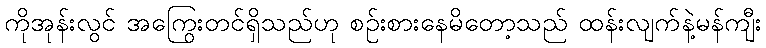
ကိုအုန်းလွင် အကြွေးတင်ရှိသည်ဟု စဉ်းစားနေမိတော့သည် ထန်းလျက်နဲ့မန်ကျီး